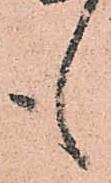
も